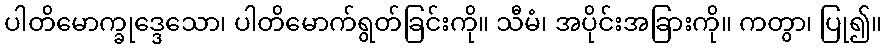
ပါတိမောက္ခုဒ္ဒေသော၊ ပါတိမောက်ရွတ်ခြင်းကို။ သီမံ၊ အပိုင်းအခြားကို။ ကတွာ၊ ပြု၍။